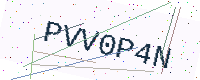
Text: PVV0P4N